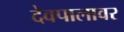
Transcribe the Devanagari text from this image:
देवपालावर